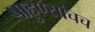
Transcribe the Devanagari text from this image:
पाहुण्यांचच